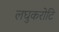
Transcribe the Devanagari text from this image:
लघुकरोटि